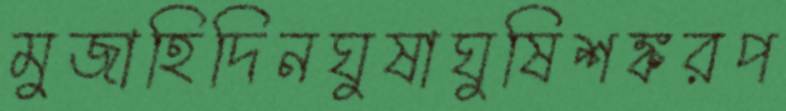
মুজাহিদিনঘুষাঘুষিশঙ্করপ